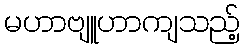
မဟာဗျူဟာကျသည့်